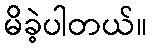
မိခဲ့ပါတယ်။